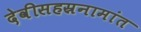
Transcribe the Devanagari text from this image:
देवीसहस्रनामांत